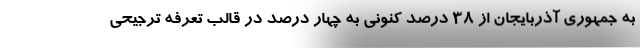
به جمهوری آذربایجان از 38 درصد کنونی به چهار درصد در قالب تعرفه ترجیحی